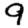
Digit: 9